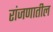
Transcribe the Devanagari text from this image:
रांजणातील